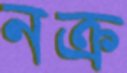
নক্র